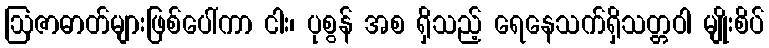
ဩဇာဓာတ်များဖြစ်ပေါ်ကာ ငါး၊ ပုစွန် အစ ရှိသည့် ရေနေသက်ရှိသတ္တဝါ မျိုးစိပ်